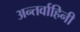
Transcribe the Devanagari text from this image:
अन्तर्वाहिनी